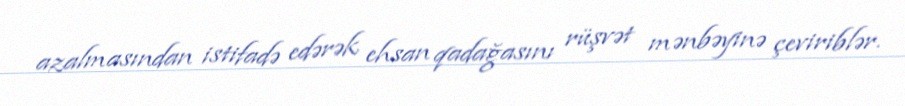
azalmasından istifadə edərək ehsan qadağasını rüşvət mənbəyinə çeviriblər.